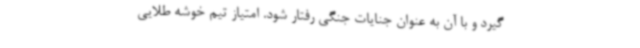
گیرد و با آن به عنوان جنایات جنگی رفتار شود. امتیاز تیم خوشه طلایی